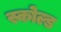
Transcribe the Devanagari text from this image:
स्कोल्ड